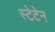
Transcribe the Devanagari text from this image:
स्टेटेन